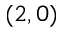
( 2 , 0 )